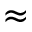
\approx